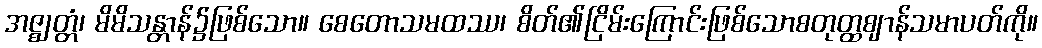
အဇ္ဈတ္တံ၊ မိမိသန္တာန်၌ဖြစ်သော။ စေတောသမထဿ၊ စိတ်၏ငြိမ်းကြောင်းဖြစ်သောစတုတ္ထဈာန်သမာပတ်ကို။